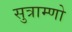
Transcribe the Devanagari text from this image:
सुत्राम्णो